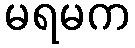
မရမက